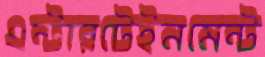
এন্টারটেইনমেন্ট